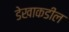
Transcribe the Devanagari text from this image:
डेखाकडील